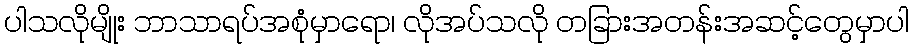
ပါသလိုမျိုး ဘာသာရပ်အစုံမှာရော၊ လိုအပ်သလို တခြားအတန်းအဆင့်တွေမှာပါ